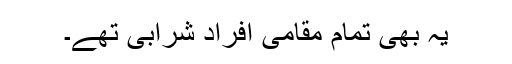
یہ بھی تمام مقامی افراد شرابی تھے۔